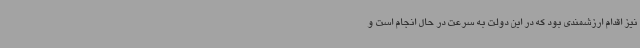
نیز اقدام ارزشمندی بود که در این دولت به سرعت در حال انجام است و